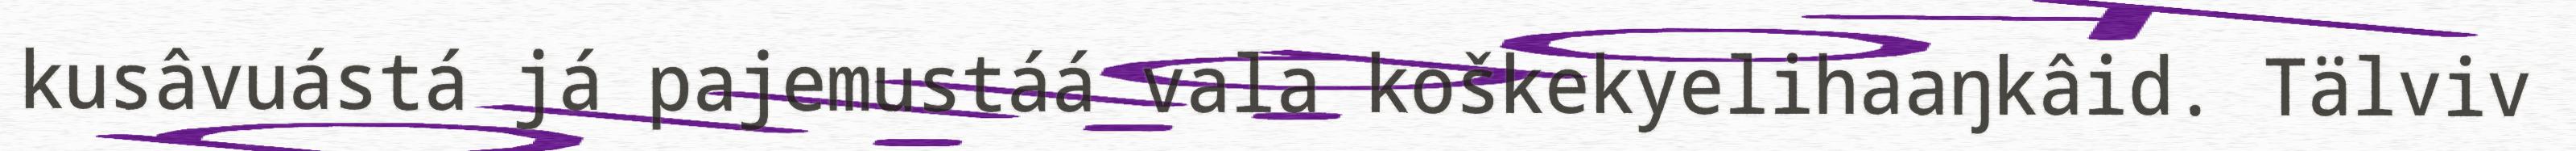
kusâvuástá já pajemustáá vala koškekyelihaaŋkâid. Tälviv